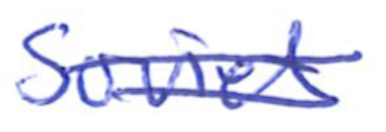
Text: Soviet
Cross-out: double-line
Writing tool: ballpoint